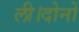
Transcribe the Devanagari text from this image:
ली।दोनों